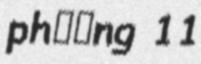
phường 11